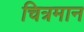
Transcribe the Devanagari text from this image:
चित्रमान